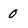
Character: 0